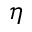
\eta